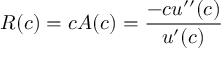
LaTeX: R ( c ) = c A ( c ) = { \frac { - c u ^ { \prime \prime } ( c ) } { u ^ { \prime } ( c ) } }